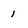
Character: 1